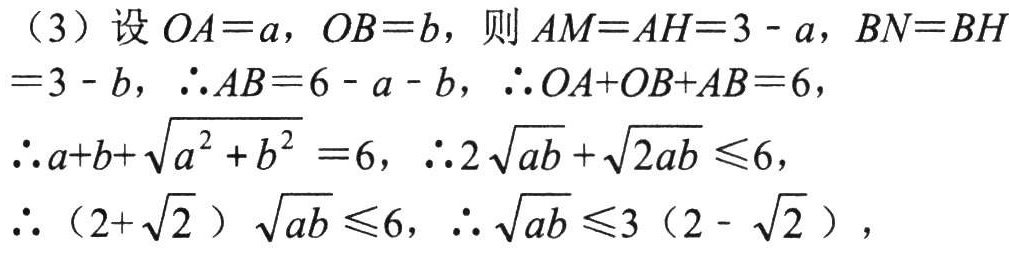
（3）设 \(OA = a\)，\(OB = b\)，则 \(AM = AH = 3 - a\)，\(BN = BH = 3 - b\)，\(\therefore AB = 6 - a - b\)，\(\therefore OA + OB + AB = 6\)，
\(\therefore a + b+\sqrt{a^{2} + b^{2}} = 6\)，\(\therefore 2\sqrt{ab}+\sqrt{2ab}\leq6\)，
\(\therefore (2 + \sqrt{2})\sqrt{ab}\leq6\)，\(\therefore \sqrt{ab}\leq3(2 - \sqrt{2})\)，